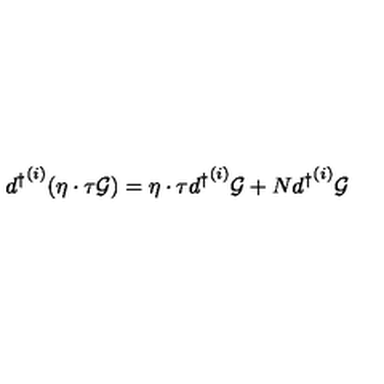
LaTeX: { d ^ { \dagger } } ^ { ( i ) } ( \eta \cdot \tau { \cal { G } } ) = \eta \cdot \tau { d ^ { \dagger } } ^ { ( i ) } { \cal { G } } + N { d ^ { \dagger } } ^ { ( i ) } { \cal { G } }